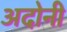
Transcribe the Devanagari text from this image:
अदोनी